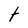
Character: t